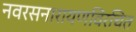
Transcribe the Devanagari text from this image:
नवरसनारायणविरचित